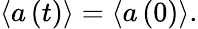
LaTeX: \left\langle a\left(t\right)\right\rangle=\left\langle a\left(0\right)\right\rangle.